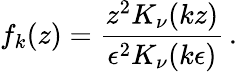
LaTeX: f_{k}(z)={\frac{z^{2}K_{\nu}(kz)}{\epsilon^{2}K_{\nu}(k\epsilon)}}\, .